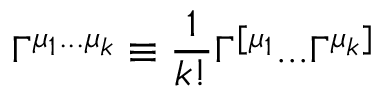
\Gamma ^ { \mu _ { 1 } . . . \mu _ { k } } \equiv { \frac { 1 } { k ! } } \Gamma ^ { [ \mu _ { 1 } } . . . \Gamma ^ { \mu _ { k } ] }